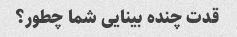
قدت چنده بینایی شما چطور؟